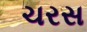
ચરસ